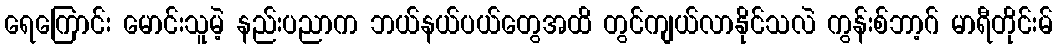
ရေကြောင်း မောင်းသူမဲ့ နည်းပညာက ဘယ်နယ်ပယ်တွေအထိ တွင်ကျယ်လာနိုင်သလဲ ကွန်းစ်ဘာ့ဂ် မာရီတိုင်းမ်